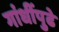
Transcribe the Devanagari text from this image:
गांधींपुढे